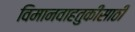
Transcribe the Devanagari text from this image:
विमानवाहतुकीसाठी